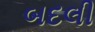
બદલી